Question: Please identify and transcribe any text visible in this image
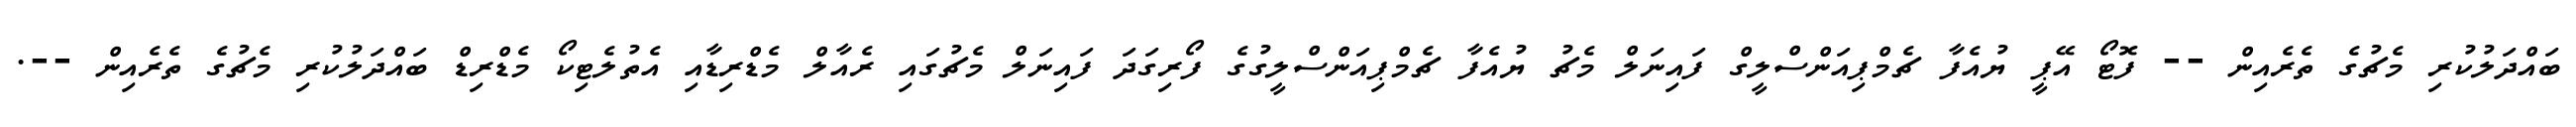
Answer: ބައްދަލުކުރި މެޗުގެ ތެރެއިން -- ފޮޓޯ އޭޕީ ޔުއެފާ ޗެމްޕިއަންސްލީގް ފައިނަލް މެޗު ޔުއެފާ ޗެމްޕިއަންސްލީގުގެ ފޯރިގަދަ ފައިނަލް މެޗުގައި ރެއާލް މެޑްރިޑާއި އެތުލެޓިކޯ މެޑްރިޑް ބައްދަލުކުރި މެޗުގެ ތެރެއިން --.